Report of an investigation into the causes of the diseases known in Assam as Kála-Azár and Beri-Beri
Disease focus: Beri-Beri
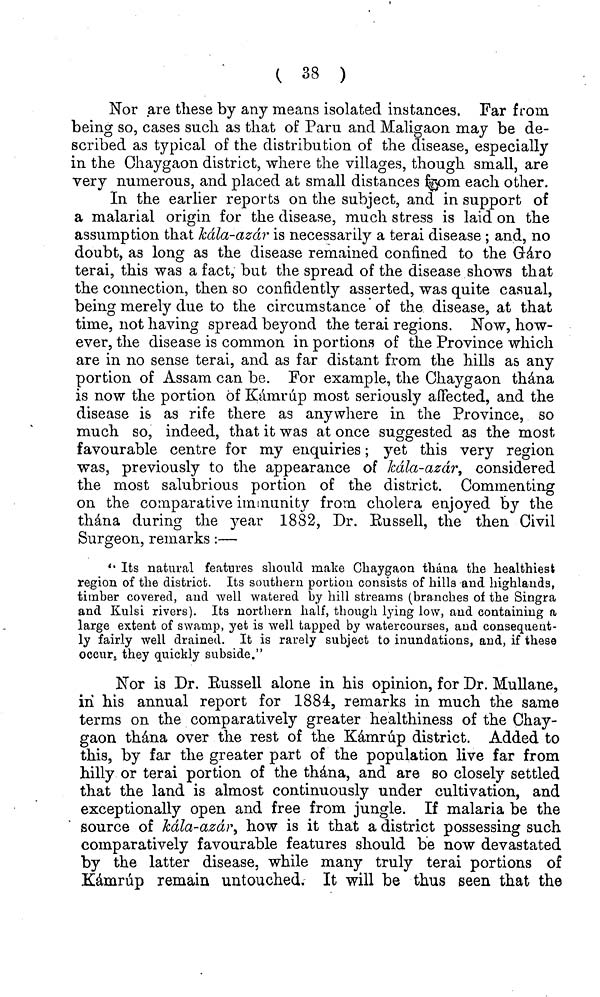
( 38 )
Nor are these by any means isolated instances. Far from
being so, cases such as that of Paru and Maligaon may be de-
scribed as typical of the distribution of the disease, especially
in the Chaygaon district, where the villages, though small, are
very numerous, and placed at small distances from each other.
In the earlier reports on the subject, and in support of
a malarial origin for the disease, much stress is laid on the
assumption that kála-azár is necessarily a terai disease ; and, no
doubt, as long as the disease remained confined to the Gáro
terai, this was a fact, but the spread of the disease shows that
the connection, then so confidently asserted, was quite casual,
being merely due to the circumstance of the disease, at that
time, not having spread beyond the terai regions. Now, how-
ever, the disease is common in portions of the Province which
are in no sense terai, and as far distant from the hills as any
portion of Assam can be. For example, the Chaygaon thána
is now the portion of Kámrúp most seriously affected, and the
disease is as rife there as anywhere in the Province, so
much so, indeed, that it was at once suggested as the most
favourable centre for my enquiries ; yet this very region
was, previously to the appearance of kála-azár, considered
the most salubrious portion of the district. Commenting
on the comparative immunity from cholera enjoyed by the
thána during the year 1882, Dr. Eussell, the then Civil
Surgeon, remarks :—
" Its natural features should make Chaygaon thána the healthiest
region of the district. Its southern portion consists of hills and highlands,
timber covered, and well watered by hill streams (bra.ncbes of the Singra
and Kulsi rivers). Its northern half, though lying low, and containing a
large extent of swamp, yet is well tapped by watercourses, and consequent-
ly fairly well drained. It is rarely subject to inundations, and, if these
occur, they quickly subside."
Nor is Dr. Eussell alone in his opinion, for Dr. Mullane,
in his annual report for 1884, remarks in much the same
terms on the comparatively greater healthiness of the Chay-
gaon thána over the rest of the Kámrúp district. Added to
this, by far the greater part of the population live far from
hilly or terai portion of the thána, and are so closely settled
that the land is almost continuously under cultivation, and
exceptionally open and free from jungle. If malaria be the
source of kála-azár, how is it that a district possessing such
comparatively favourable features should be now devastated
by the latter disease, while many truly terai portions of
Kámrúp remain untouched. It will be thus seen that the